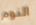
النوم